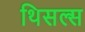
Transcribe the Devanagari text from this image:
थिसल्स